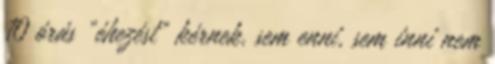
10 órás „éhezést” kérnek, sem enni, sem inni nem